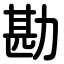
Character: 勘